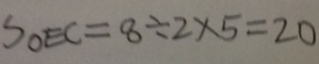
S _ { O E C } = 8 \div 2 \times 5 = 2 0